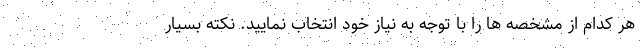
هر کدام از مشخصه ها را با توجه به نیاز خود انتخاب نمایید. نکته بسیار